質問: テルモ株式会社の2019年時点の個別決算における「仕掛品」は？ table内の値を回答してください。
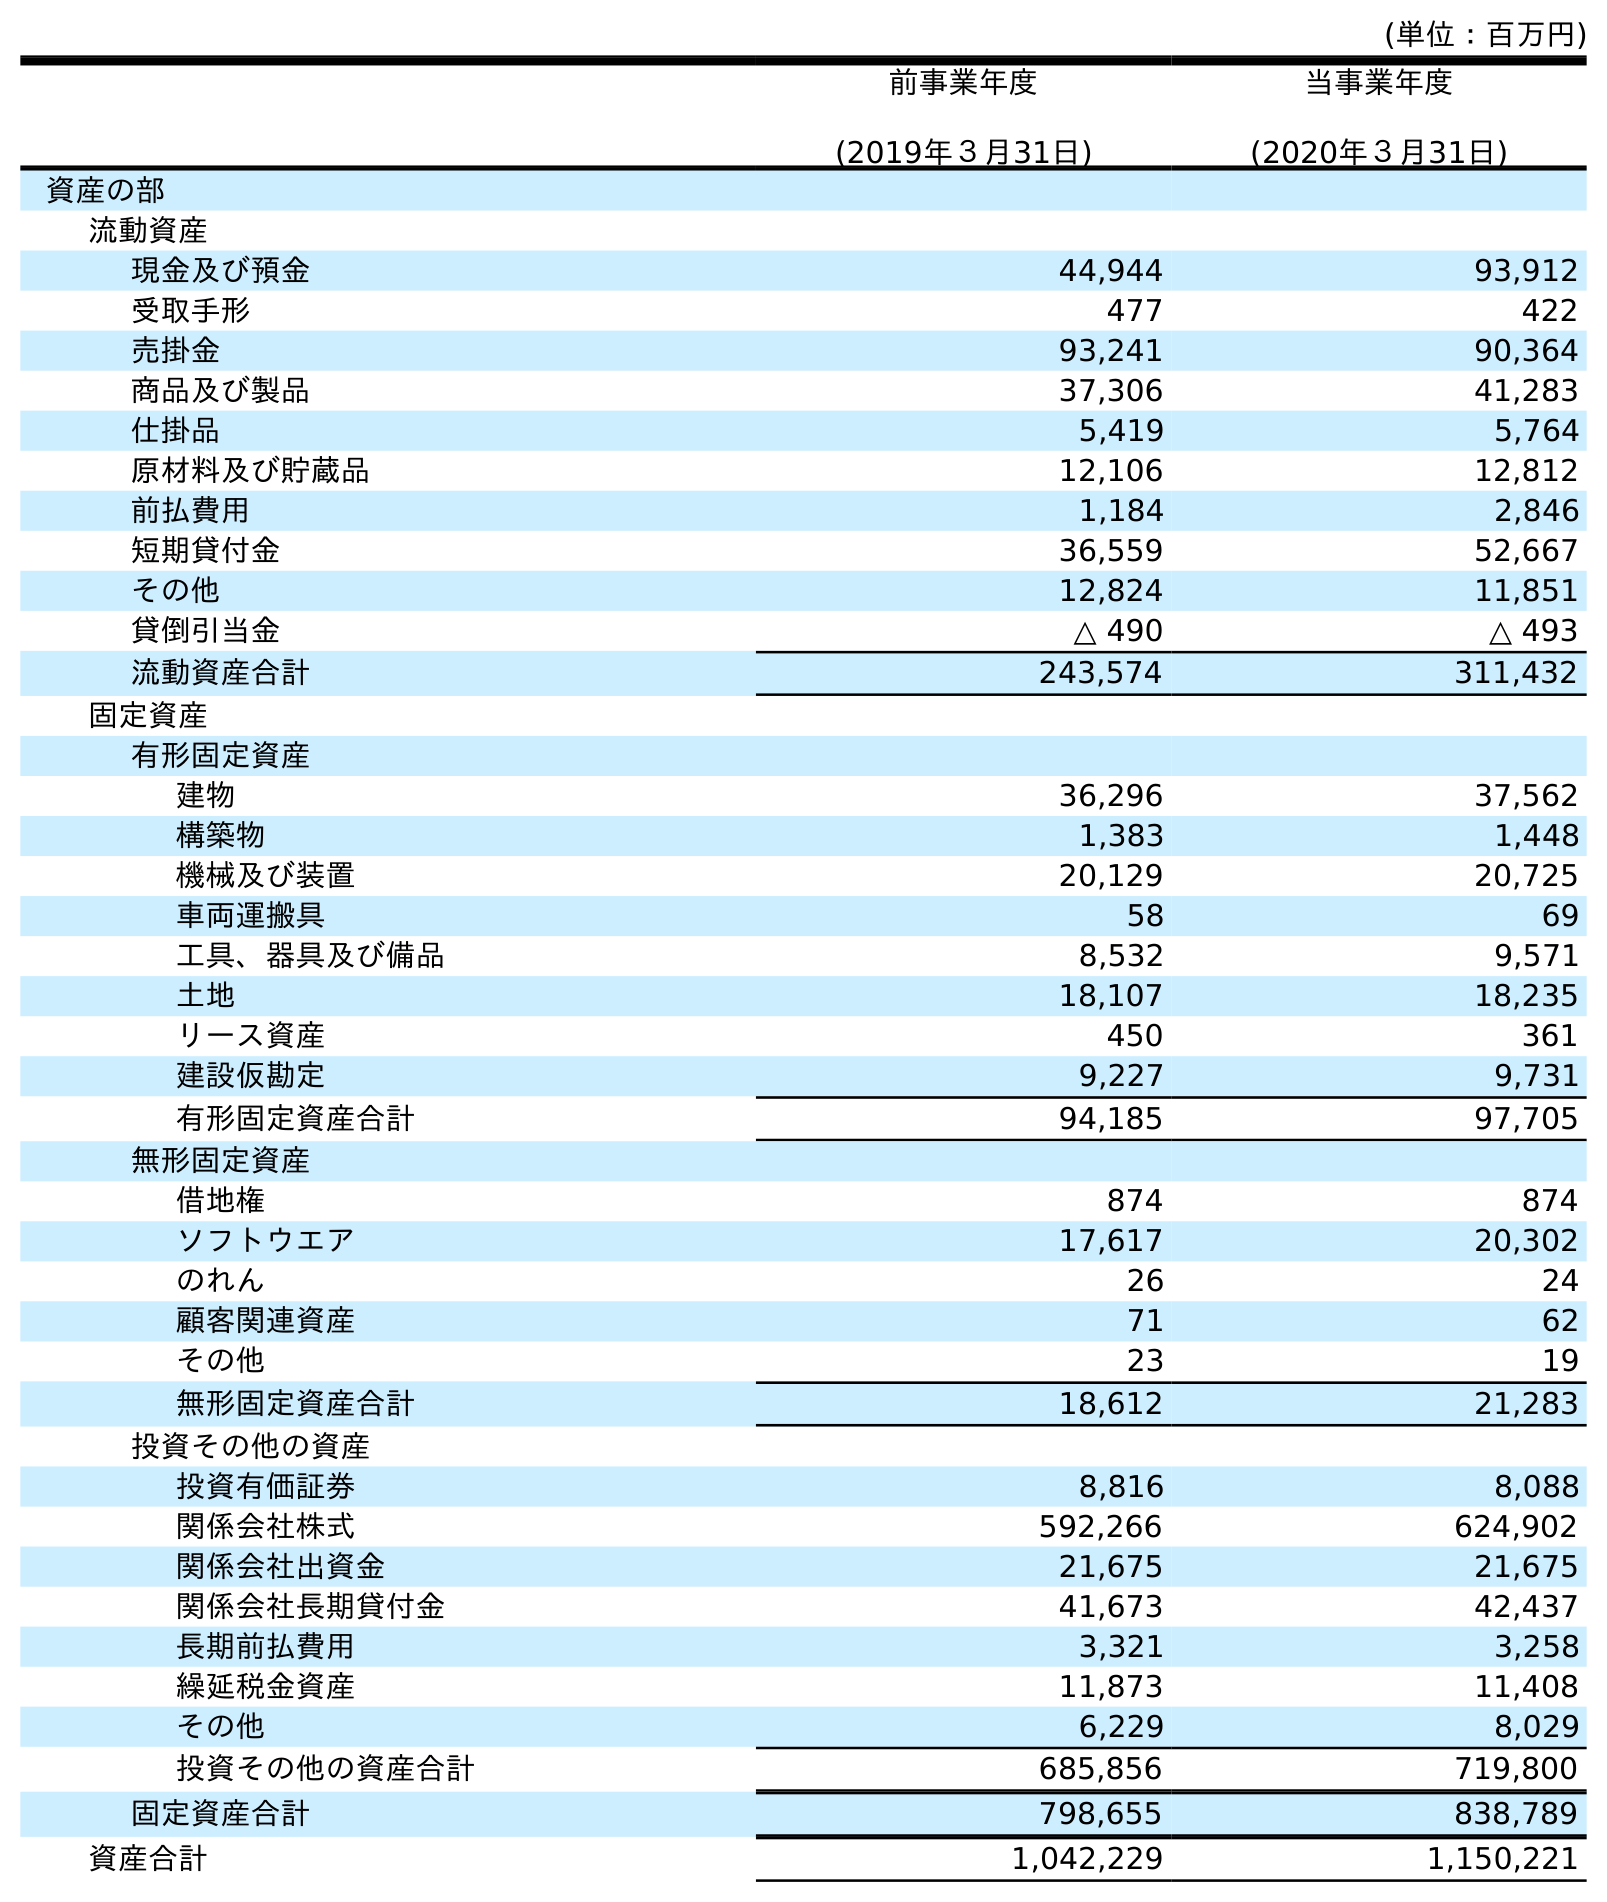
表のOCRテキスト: (単位：百万円) 前事業年度 (2019年３月31日) 当事業年度 (2020年３月31日) 資産の部 流動資産 現金及び預金 44,944 93,912 受取手形 477 422 売掛金 93,241 90,364 商品及び製品 37,306 41,283 仕掛品 5,419 5,764 原材料及び貯蔵品 12,106 12,812 前払費用 1,184 2,846 短期貸付金 36,559 52,667 その他 12,824 11,851 貸倒引当金 △ 490 △ 493 流動資産合計 243,574 311,432 固定資産 有形固定資産 建物 36,296 37,562 構築物 1,383 1,448 機械及び装置 20,129 20,725 車両運搬具 58 69 工具、器具及び備品 8,532 9,571 土地 18,107 18,235 リース資産 450 361 建設仮勘定 9,227 9,731 有形固定資産合計 94,185 97,705 無形固定資産 借地権 874 874 ソフトウエア 17,617 20,302 のれん 26 24 顧客関連資産 71 62 その他 23 19 無形固定資産合計 18,612 21,283 投資その他の資産 投資有価証券 8,816 8,088 関係会社株式 592,266 624,902 関係会社出資金 21,675 21,675 関係会社長期貸付金 41,673 42,437 長期前払費用 3,321 3,258 繰延税金資産 11,873 11,408 その他 6,229 8,029 投資その他の資産合計 685,856 719,800 固定資産合計 798,655 838,789 資産合計 1,042,229 1,150,221
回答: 5,419